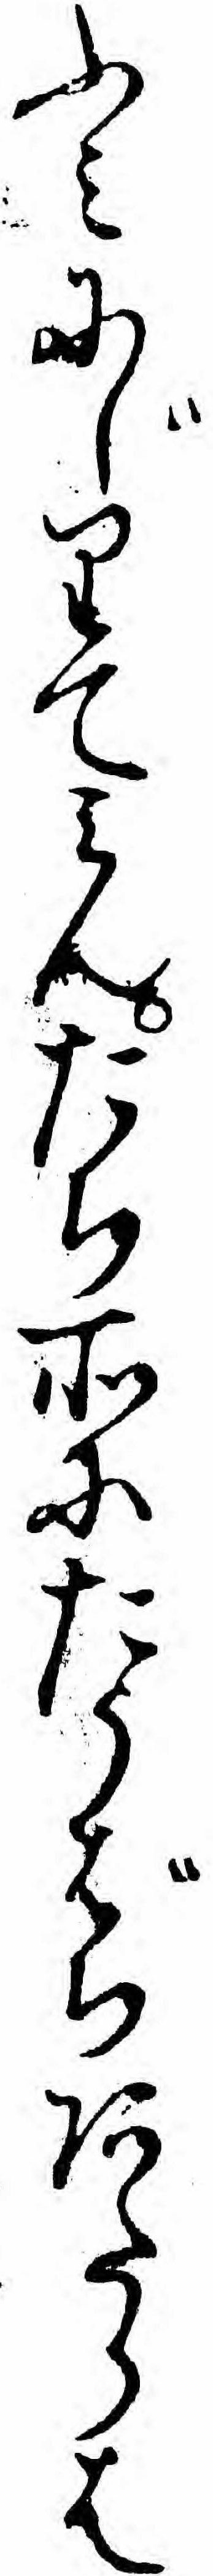
ふミにじりてミんたち所にたうばちあたらは